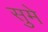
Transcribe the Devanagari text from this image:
सुमे